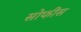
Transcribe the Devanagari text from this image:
सोफीस